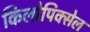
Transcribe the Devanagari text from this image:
किलोपिक्सेल